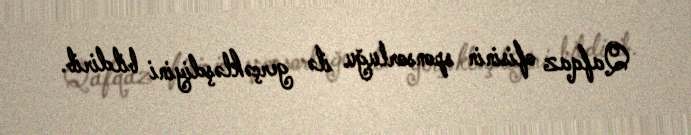
Qafqaz ofisinin sponsorluğu ilə gerçəkləşdiyini bildirib.